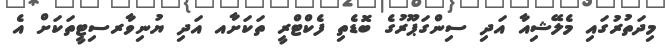
މިދަތުރުގައި މެލޭޝިއާ އަދި ސިންގަޕޫރުގެ ބޮޑެތި ފެކްޓްރީ ތަކަށާއ އަދި ޔުނިވާރސިޓީތަކަށް އެ